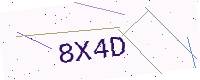
Text: 8X4D